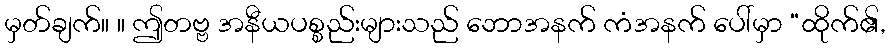
မှတ်ချက်။ ။ ဤတဗ္ဗ အနီယပစ္စည်းများသည် ဘောအနက် ကံအနက် ပေါ်မှာ “ထိုက်၏,